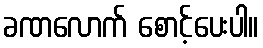
ခဏလောက် စောင့်ပေးပါ။